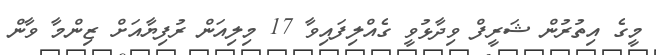
މީގެ އިތުރުން ޝަރީފް ވިދާޅުވީ ގެއްލިފައިވާ 17 މިލިއަން ރުފިޔާއަށް ޒިންމާ ވާން